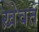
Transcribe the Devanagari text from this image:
ख़ेवत